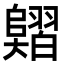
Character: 𦒣